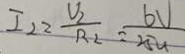
I _ { 2 } = \frac { V _ { 2 } } { R _ { 2 } } = \frac { 6 V } { 2 5 u }